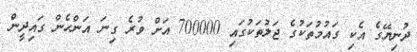
ދުނިޔޭގެ އެކި ގައުމުތަކުގެ ޖަލުތަކުގައި 700000 އަށް ވުރެ ގިނަ އަންހެން ގައިދީން